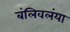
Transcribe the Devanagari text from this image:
बंलिवलंया